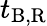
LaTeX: t_{\mathrm{B,R}}